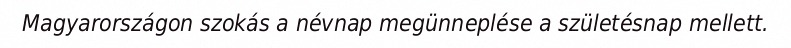
Magyarországon szokás a névnap megünneplése a születésnap mellett.